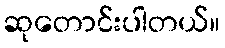
ဆုတောင်းပါတယ်။